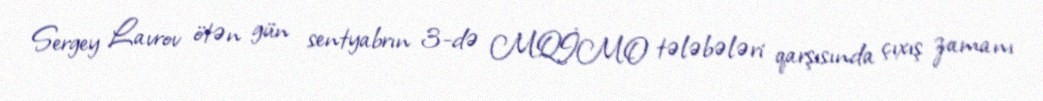
Sergey Lavrov ötən gün sentyabrın 3-də MQİMO tələbələri qarşısında çıxış zamanı